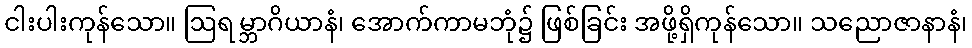
ငါးပါးကုန်သော။ ဩရမ္ဘာဂိယာနံ၊ အောက်ကာမဘုံ၌ ဖြစ်ခြင်း အဖို့ရှိကုန်သော။ သညောဇာနာနံ၊